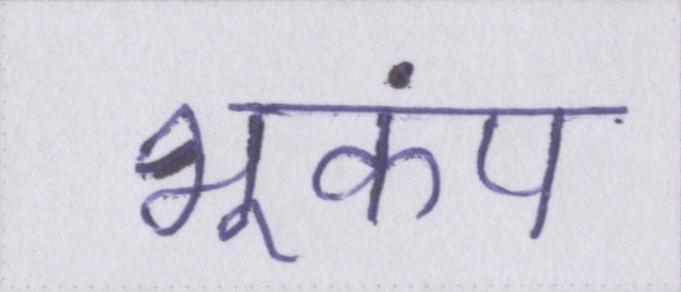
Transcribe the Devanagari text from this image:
भूकंप